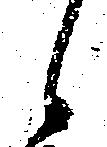
候